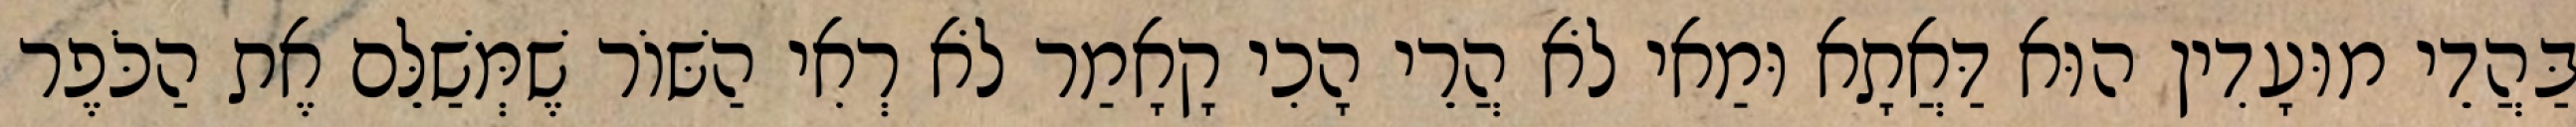
בַּהֲדֵי מוּעָדִין הוּא דַּאֲתָא וּמַאי לֹא הֲרֵי הָכִי קָאָמַר לֹא רְאִי הַשּׁוֹר שֶׁמְּשַׁלֵּם אֶת הַכֹּפֶר